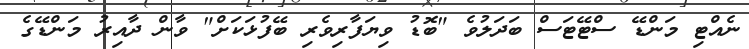
ނެއްޓި މަންޑޭ ސްޓޭޓަސް ބަދަލުވެ "ބޮޑު ވިޔަފާރިވެރި ބޭފުޅަކަށް" ވާން ދާއިރު މަންޑޭގެ